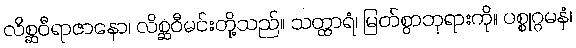
လိစ္ဆဝီရာဇာနော၊ လိစ္ဆဝီမင်းတို့သည်။ သတ္ထာရံ၊ မြတ်စွာဘုရားကို။ ပစ္စုဂ္ဂမနံ၊